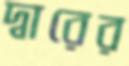
দ্বারের